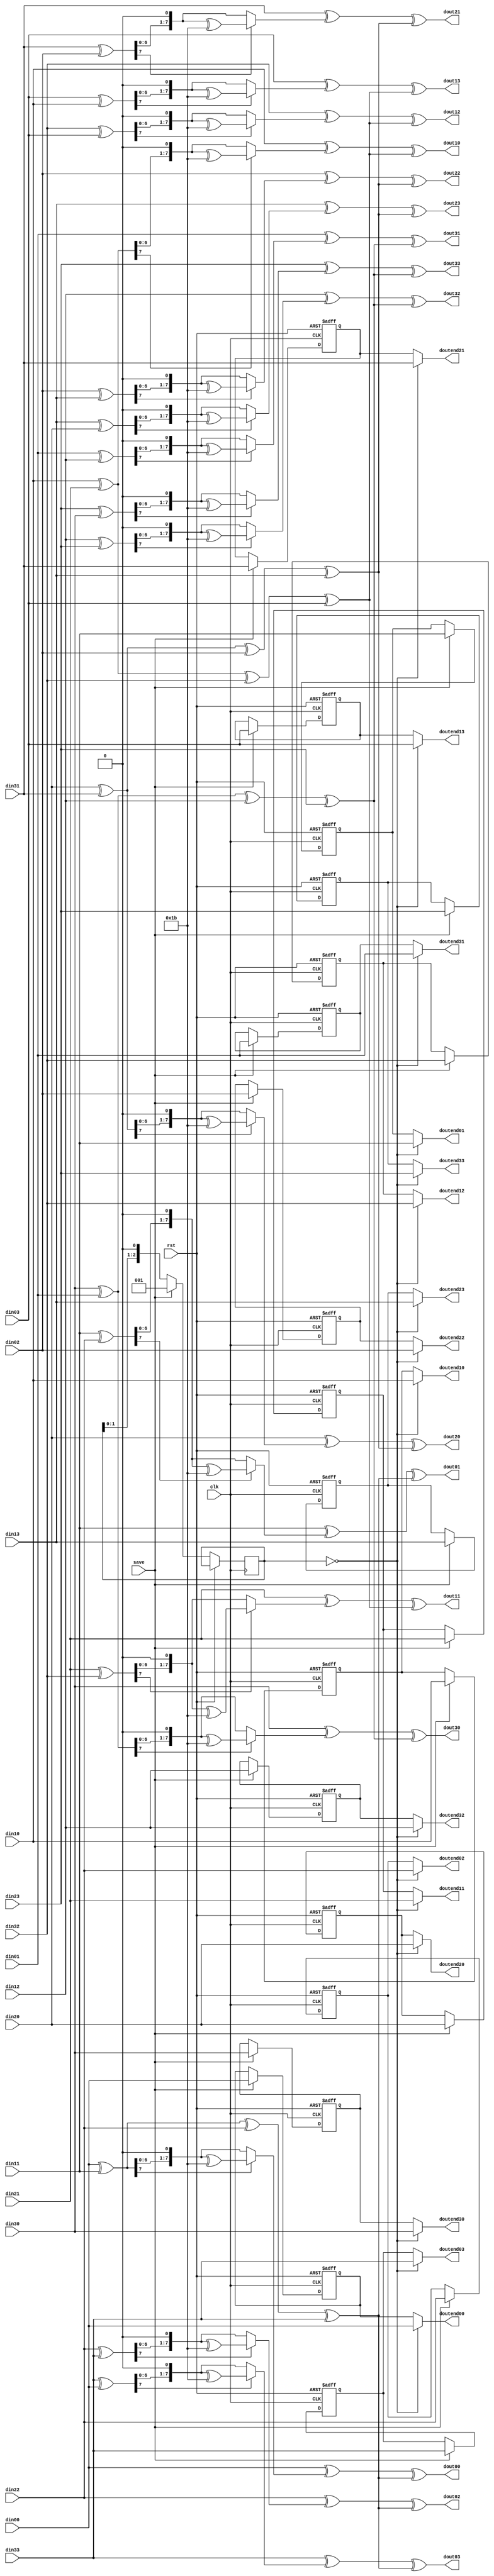
`timescale 1ns / 1ps

module shiftRow_mixColum(
    input clk,
    input rst,
    input save,

    input [7:0] din00,
    input [7:0] din01,
    input [7:0] din02,
    input [7:0] din03,

    input [7:0] din10,
    input [7:0] din11,
    input [7:0] din12,
    input [7:0] din13,

    input [7:0] din20,
    input [7:0] din21,
    input [7:0] din22,
    input [7:0] din23,

    input [7:0] din30,
    input [7:0] din31,
    input [7:0] din32,
    input [7:0] din33,

    output [7:0] dout00,
    output [7:0] dout01,
    output [7:0] dout02,
    output [7:0] dout03,

    output [7:0] dout10,
    output [7:0] dout11,
    output [7:0] dout12,
    output [7:0] dout13,

    output [7:0] dout20,
    output [7:0] dout21,
    output [7:0] dout22,
    output [7:0] dout23,

    output [7:0] dout30,
    output [7:0] dout31,
    output [7:0] dout32,
    output [7:0] dout33,

    output [7:0] doutend00,
    output [7:0] doutend01,
    output [7:0] doutend02,
    output [7:0] doutend03,

    output [7:0] doutend10,
    output [7:0] doutend11,
    output [7:0] doutend12,
    output [7:0] doutend13,

    output [7:0] doutend20,
    output [7:0] doutend21,
    output [7:0] doutend22,
    output [7:0] doutend23,

    output [7:0] doutend30,
    output [7:0] doutend31,
    output [7:0] doutend32,
    output [7:0] doutend33

    );


  wire [7:0] d00 , d01, d02 , d03;
  wire [7:0] d10 , d11, d12 , d13;
  wire [7:0] d20 , d21, d22 , d23;
  wire [7:0] d30 , d31, d32 , d33;

  reg [7:0] d00_reg , d01_reg, d02_reg , d03_reg;
  reg [7:0] d10_reg , d11_reg, d12_reg , d13_reg;
  reg [7:0] d20_reg , d21_reg, d22_reg , d23_reg;
  reg [7:0] d30_reg , d31_reg, d32_reg , d33_reg;

  reg [2:0] saved_reg;
  always @ (posedge clk , posedge rst) begin
    if(rst == 1'b1) begin
      d00_reg     <= 8'd0;
      d01_reg     <= 8'd0;
      d02_reg     <= 8'd0;
      d03_reg     <= 8'd0;

      d10_reg     <= 8'd0;
      d11_reg     <= 8'd0;
      d12_reg     <= 8'd0;
      d13_reg     <= 8'd0;

      d20_reg     <= 8'd0;
      d21_reg     <= 8'd0;
      d22_reg     <= 8'd0;
      d23_reg     <= 8'd0;

      d30_reg     <= 8'd0;
      d31_reg     <= 8'd0;
      d32_reg     <= 8'd0;
      d33_reg     <= 8'd0;
    end else begin
      if(save) begin
        saved_reg   <= 3'b001;

        d00_reg     <= d00;
        d01_reg     <= d01;
        d02_reg     <= d02;
        d03_reg     <= d03;

        d10_reg     <= d10;
        d11_reg     <= d11;
        d12_reg     <= d12;
        d13_reg     <= d13;

        d20_reg     <= d20;
        d21_reg     <= d21;
        d22_reg     <= d22;
        d23_reg     <= d23;

        d30_reg     <= d30;
        d31_reg     <= d31;
        d32_reg     <= d32;
        d33_reg     <= d33; 
      end else begin
        saved_reg   <= {saved_reg[1:0] , 1'b0};
      end
    end
  end 


  assign d00 = din00;
  assign d01 = din11;
  assign d02 = din22;
  assign d03 = din33;

  assign d10 = din10;
  assign d11 = din21;
  assign d12 = din32;
  assign d13 = din03;

  assign d20 = din20;
  assign d21 = din31;
  assign d22 = din02;
  assign d23 = din13;

  assign d30 = din30;
  assign d31 = din01;
  assign d32 = din12;
  assign d33 = din23;

  assign doutend00 = (saved_reg == 3'd0) ? d00 : d00_reg;
  assign doutend01 = (saved_reg == 3'd0) ? d01 : d01_reg;
  assign doutend02 = (saved_reg == 3'd0) ? d02 : d02_reg;
  assign doutend03 = (saved_reg == 3'd0) ? d03 : d03_reg;

  assign doutend10 = (saved_reg == 3'd0) ? d10 : d10_reg;
  assign doutend11 = (saved_reg == 3'd0) ? d11 : d11_reg;
  assign doutend12 = (saved_reg == 3'd0) ? d12 : d12_reg;
  assign doutend13 = (saved_reg == 3'd0) ? d13 : d13_reg;

  assign doutend20 = (saved_reg == 3'd0) ? d20 : d20_reg;
  assign doutend21 = (saved_reg == 3'd0) ? d21 : d21_reg;
  assign doutend22 = (saved_reg == 3'd0) ? d22 : d22_reg;
  assign doutend23 = (saved_reg == 3'd0) ? d23 : d23_reg;

  assign doutend30 = (saved_reg == 3'd0) ? d30 : d30_reg;
  assign doutend31 = (saved_reg == 3'd0) ? d31 : d31_reg;
  assign doutend32 = (saved_reg == 3'd0) ? d32 : d32_reg;
  assign doutend33 = (saved_reg == 3'd0) ? d33 : d33_reg;



// [0][x] ----------------------
  wire [7:0]  Tmp0, Tm00 , Tm01 , Tm02 , Tm03; 
  wire [7:0] Tm00p , Tm01p , Tm02p , Tm03p;

  assign Tmp0 = d00 ^ d01 ^ d02 ^ d03;

  // [0][0]--
  assign Tm00 = d00 ^ d01;
  assign Tm00p = (Tm00[7] == 1'b1) ?  {Tm00[6:0] , 1'b0} ^ 8'h1b :
                                      {Tm00[6:0] , 1'b0};
  assign dout00 = d00 ^ Tm00p ^ Tmp0;

  // [0][1]--
  assign Tm01 = d01 ^ d02;
  assign Tm01p = (Tm01[7] == 1'b1) ?  {Tm01[6:0] , 1'b0} ^ 8'h1b :
                                      {Tm01[6:0] , 1'b0};
  assign dout01 = d01 ^ Tm01p ^ Tmp0;

  // [0][2]--
  assign Tm02 = d02 ^ d03;
  assign Tm02p = (Tm02[7] == 1'b1) ?  {Tm02[6:0] , 1'b0} ^ 8'h1b :
                                      {Tm02[6:0] , 1'b0};
  assign dout02 = d02 ^ Tm02p ^ Tmp0;

  // [0][3]--
  assign Tm03 = d03 ^ d00;
  assign Tm03p = (Tm03[7] == 1'b1) ?  {Tm03[6:0] , 1'b0} ^ 8'h1b :
                                      {Tm03[6:0] , 1'b0};
  assign dout03 = d03 ^ Tm03p ^ Tmp0;

// [1][x] ----------------------
  wire [7:0]  Tmp1, Tm10 , Tm11 , Tm12 , Tm13; 
  wire [7:0] Tm10p , Tm11p , Tm12p , Tm13p;

  assign Tmp1 = d10 ^ d11 ^ d12 ^ d13;

  // [1][0]--
  assign Tm10 = d10 ^ d11;
  assign Tm10p = (Tm10[7] == 1'b1) ?  {Tm10[6:0] , 1'b0} ^ 8'h1b :
                                      {Tm10[6:0] , 1'b0};
  assign dout10 = d10 ^ Tm10p ^ Tmp1;

  // [1][1]--
  assign Tm11 = d11 ^ d12;
  assign Tm11p = (Tm11[7] == 1'b1) ?  {Tm11[6:0] , 1'b0} ^ 8'h1b :
                                      {Tm11[6:0] , 1'b0};
  assign dout11 = d11 ^ Tm11p ^ Tmp1;

  // [1][2]--
  assign Tm12 = d12 ^ d13;
  assign Tm12p = (Tm12[7] == 1'b1) ?  {Tm12[6:0] , 1'b0} ^ 8'h1b :
                                      {Tm12[6:0] , 1'b0};
  assign dout12 = d12 ^ Tm12p ^ Tmp1;

  // [1][3]--
  assign Tm13 = d13 ^ d10;
  assign Tm13p = (Tm13[7] == 1'b1) ?  {Tm13[6:0] , 1'b0} ^ 8'h1b :
                                      {Tm13[6:0] , 1'b0};
  assign dout13 = d13 ^ Tm13p ^ Tmp1;
// [2][x] ----------------------
  wire [7:0]  Tmp2, Tm20 , Tm21 , Tm22 , Tm23; 
  wire [7:0] Tm20p , Tm21p , Tm22p , Tm23p;

  assign Tmp2 = d20 ^ d21 ^ d22 ^ d23;

  // [2][0]--
  assign Tm20 = d20 ^ d21;
  assign Tm20p = (Tm20[7] == 1'b1) ?  {Tm20[6:0] , 1'b0} ^ 8'h1b :
                                      {Tm20[6:0] , 1'b0};
  assign dout20 = d20 ^ Tm20p ^ Tmp2;

  // [2][1]--
  assign Tm21 = d21 ^ d22;
  assign Tm21p = (Tm21[7] == 1'b1) ?  {Tm21[6:0] , 1'b0} ^ 8'h1b :
                                      {Tm21[6:0] , 1'b0};
  assign dout21 = d21 ^ Tm21p ^ Tmp2;

  // [2][2]--
  assign Tm22 = d22 ^ d23;
  assign Tm22p = (Tm22[7] == 1'b1) ?  {Tm22[6:0] , 1'b0} ^ 8'h1b :
                                      {Tm22[6:0] , 1'b0};
  assign dout22 = d22 ^ Tm22p ^ Tmp2;

  // [2][3]--
  assign Tm23 = d23 ^ d20;
  assign Tm23p = (Tm23[7] == 1'b1) ?  {Tm23[6:0] , 1'b0} ^ 8'h1b :
                                      {Tm23[6:0] , 1'b0};
  assign dout23 = d23 ^ Tm23p ^ Tmp2;

// [3][x] ----------------------
  wire [7:0]  Tmp3, Tm30 , Tm31 , Tm32 , Tm33; 
  wire [7:0] Tm30p , Tm31p , Tm32p , Tm33p;

  assign Tmp3 = d30 ^ d31 ^ d32 ^ d33;

  // [3][0]--
  assign Tm30 = d30 ^ d31;
  assign Tm30p = (Tm30[7] == 1'b1) ?  {Tm30[6:0] , 1'b0} ^ 8'h1b :
                                      {Tm30[6:0] , 1'b0};
  assign dout30 = d30 ^ Tm30p ^ Tmp3;

  // [3][1]--
  assign Tm31 = d31 ^ d32;
  assign Tm31p = (Tm31[7] == 1'b1) ?  {Tm31[6:0] , 1'b0} ^ 8'h1b :
                                      {Tm31[6:0] , 1'b0};
  assign dout31 = d31 ^ Tm31p ^ Tmp3;

  // [3][2]--
  assign Tm32 = d32 ^ d33;
  assign Tm32p = (Tm32[7] == 1'b1) ?  {Tm32[6:0] , 1'b0} ^ 8'h1b :
                                      {Tm32[6:0] , 1'b0};
  assign dout32 = d32 ^ Tm32p ^ Tmp3;

  // [3][3]--
  assign Tm33 = d33 ^ d30;
  assign Tm33p = (Tm33[7] == 1'b1) ?  {Tm33[6:0] , 1'b0} ^ 8'h1b :
                                      {Tm33[6:0] , 1'b0};
  assign dout33 = d33 ^ Tm33p ^ Tmp3;


endmodule